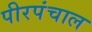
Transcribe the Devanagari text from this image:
पीरपंचाल